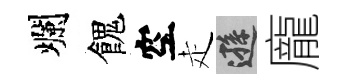
爛餽空走遜龐